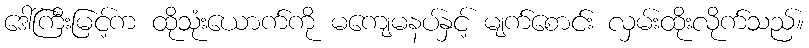
ဒေါ်ကြီးမြင့်က ထိုသုံးယောက်ကို မကျေမနပ်နှင့် မျက်စောင်း လှမ်းထိုးလိုက်သည်။